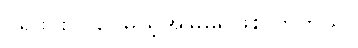
ပရိုဖိုင်းဝင်ပေမယ့်အမြဲမရဖြစ်လာတယ်။